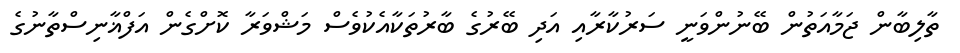
ތާލިބާން ޖަމާއަތުން ބޭނުންވަނީ ސަރުކާރާއި އަދި ބޭރުގެ ބާރުތަކާއެކުވެސް މަޝްވަރާ ކޮށްގެން އަފްޣާނިސްތާނުގެ